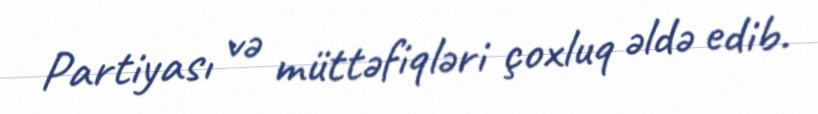
Partiyası və müttəfiqləri çoxluq əldə edib.